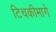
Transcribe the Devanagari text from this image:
टिचकीमागे